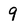
Character: 9